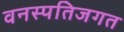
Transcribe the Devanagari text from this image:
वनस्पतिजगत